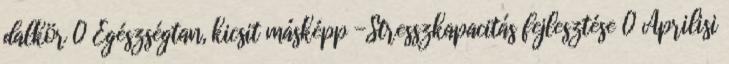
dalkör 0 Egészségtan, kicsit másképp -Stresszkapacitás fejlesztése 0 Áprilisi